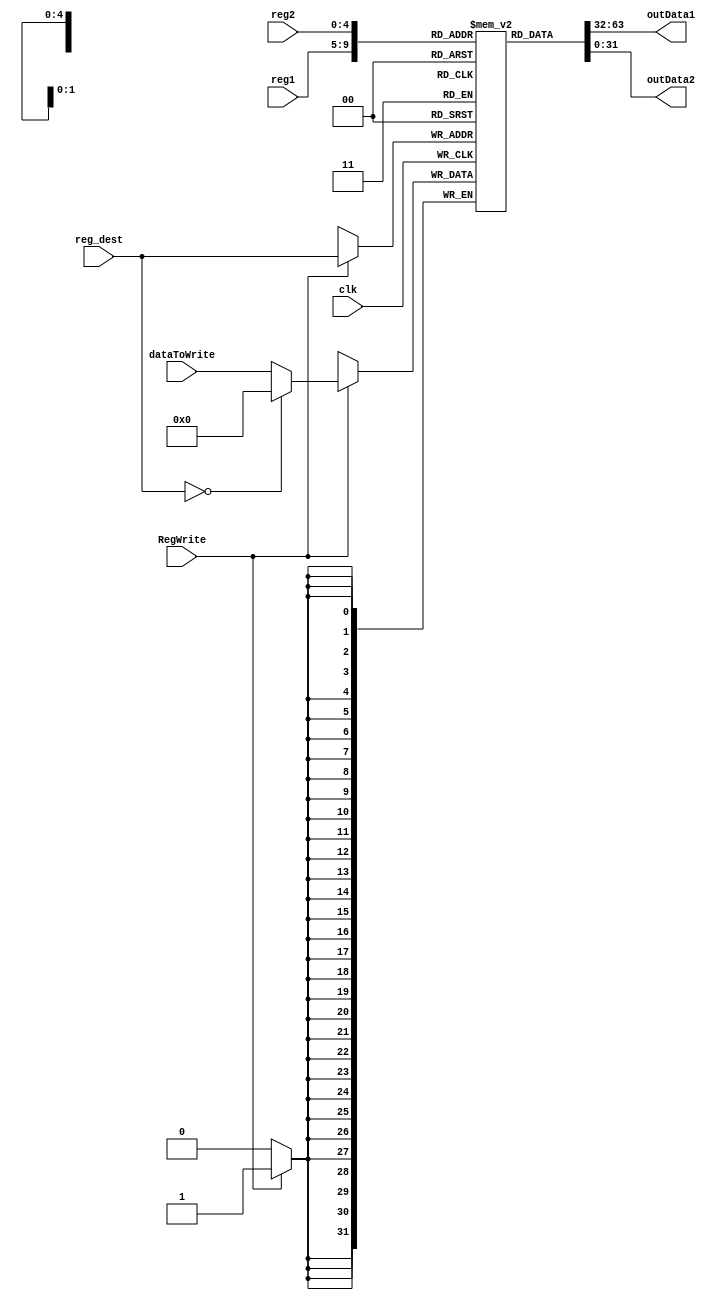
module Registers(  
    input clk,  
    input RegWrite,  
    input[4:0] reg1,  
    input[4:0] reg2,  
    input[4:0] reg_dest,  
    input[31:0] dataToWrite,  
    output wire [31:0] outData1,  
    output wire [31:0] outData2
);
reg[31:0] registers[31:0];//32
integer i;
initial
    begin
        for(i=0;i<32;i=i+1)  registers[i]<=0;//initialization
    end

assign outData1=registers[reg1];//Fetch data
assign outData2=registers[reg2];
integer j;
initial j<=0;
always @(negedge clk) begin
    $display("clock %d :",j);
    j=j+1;
    $display("rf[3] = %h",registers[3]);
    $display("rf[4] = %h",registers[4]);
    $display("rf[5] = %h",registers[5]);
    $display("rf[6] = %h",registers[6]);
    $display("rf[7] = %h",registers[7]);
    $display("rf[8] = %h",registers[8]);
    $display("rf[9] = %h",registers[9]);
    $display("rf[10] = %h",registers[10]);
    $display("rf[23] = %h",registers[23]);
    $display("rf[24] = %h",registers[24]);
    $display("rf[27] = %h",registers[27]);
    $display("rf[28] = %h",registers[28]);
    
end
always@(negedge clk)//negeedge to write data
    begin
        if(RegWrite) 
            begin
            registers[reg_dest]=reg_dest==0?0:dataToWrite;//x00    
            end
    end
endmodule